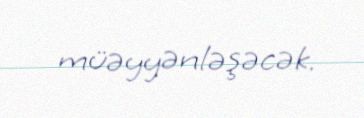
müəyyənləşəcək.